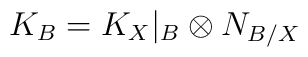
K_{B}=K_{X}|_{B} \otimes N_{B/X}